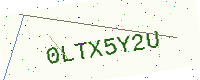
Text: 0LTX5Y2U